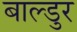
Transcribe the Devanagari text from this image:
बाल्डुर